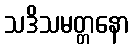
သဒိသမတ္တနော